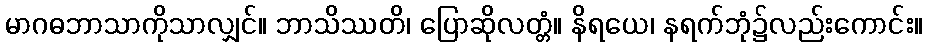
မာဂဓဘာသာကိုသာလျှင်။ ဘာသိဿတိ၊ ပြောဆိုလတ္တံ။ နိရယေ၊ နရက်ဘုံ၌လည်းကောင်း။